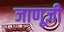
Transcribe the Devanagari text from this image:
जाणूजी